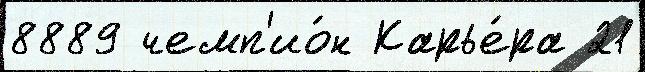
8889 чемп'ио́н Карье́ра 21